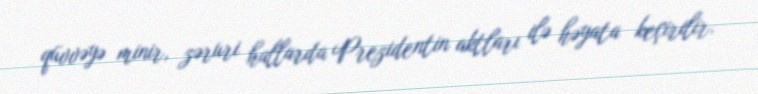
qüvvəyə minir, zəruri hallarda Prezidentin aktları ilə həyata keçirilir.